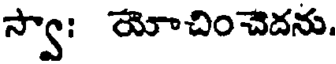
స్వా: యోచించెదను.